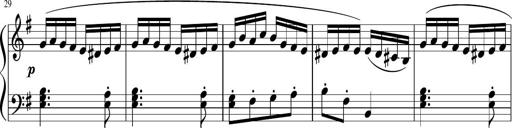
Title: 12 Keyboard Sonatinas
Composer: James Hook